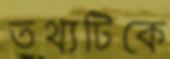
তথ্যটিকে